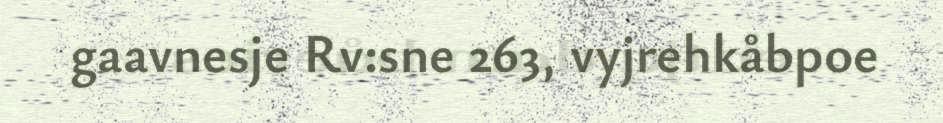
gaavnesje Rv:sne 263, vyjrehkåbpoe